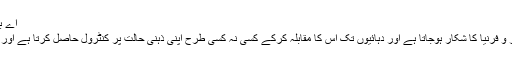
اے بیوٹی فل مائنڈ، 2001 (A Beautiful Mind)
انتہائی تنک مزاج پروفیسر جو دماغی مرض شیز و فرنیا کا شکار ہوجاتا ہے اور دہائیوں تک اس کا مقابلہ کرکے کسی نہ کسی طرح اپنی ذہنی حالت پر کنٹرول حاصل کرتا ہے اور بتدریج نوبل انعام جیتنے میں کامیاب ہوجاتا ہے۔